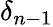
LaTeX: \delta_{n-1}